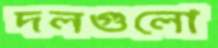
দলগুলো